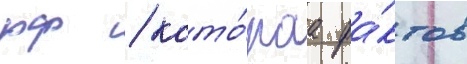
рф / кото́раа фа́ктов